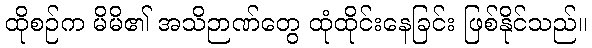
ထိုစဉ်က မိမိ၏ အသိဉာဏ်တွေ ထုံထိုင်းနေခြင်း ဖြစ်နိုင်သည်။